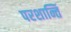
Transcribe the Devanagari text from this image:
परशान्तिं